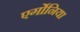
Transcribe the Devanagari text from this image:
एर्गोनिया